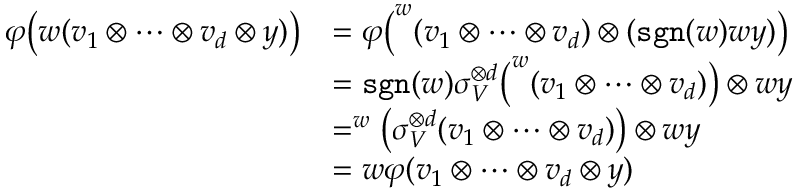
\begin{array} { r l } { { \varphi } \big ( w ( v _ { 1 } \otimes \dots \otimes v _ { d } \otimes y ) \big ) } & { = { \varphi } \big ( ^ { w } ( v _ { 1 } \otimes \dots \otimes v _ { d } ) \otimes ( \mathtt { s g n } ( w ) w y ) \big ) } \\ & { = \mathtt { s g n } ( w ) \sigma _ { V } ^ { \otimes d } \big ( ^ { w } ( v _ { 1 } \otimes \dots \otimes v _ { d } ) \big ) \otimes w y } \\ & { = ^ { w } \big ( \sigma _ { V } ^ { \otimes d } ( v _ { 1 } \otimes \dots \otimes v _ { d } ) \big ) \otimes w y } \\ & { = w { \varphi } ( v _ { 1 } \otimes \dots \otimes v _ { d } \otimes y ) } \end{array}